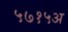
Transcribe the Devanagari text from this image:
५७१५अ